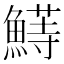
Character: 𬵣